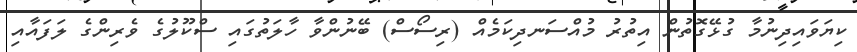
ކިޔަވައިދިނުމާ ގުޅޭގޮތުން އިތުރު މުއްސަނދިކަމެއް (ރިސޯސް) ބޭނުންވާ ހާލަތުގައި ސްކޫލުގެ ވެރިންގެ ލަފައާއި